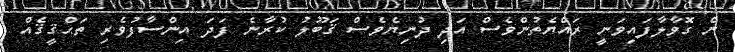
ން ގޮވާލާފައިވަނީ ރައްޔެތުންވެސް އަދި ދުނިޔެވެސް ޤަބޫލު ކުރާނެ ފަދަ އިންސާފުވެރި ތަޙްޤީޤެއް